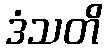
ဒံသတိ